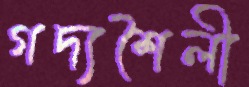
গদ্যশৈলী